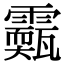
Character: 𩆣